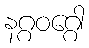
နဂ္ဂဝဂ္ဂေါ